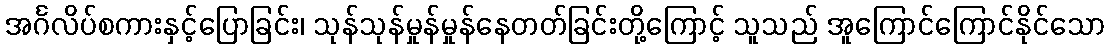
အင်္ဂလိပ်စကားနှင့်ပြောခြင်း၊ သုန်သုန်မှုန်မှုန်နေတတ်ခြင်းတို့ကြောင့် သူသည် အူကြောင်ကြောင်နိုင်သော